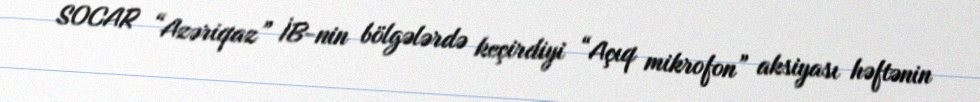
SOCAR “Azəriqaz” İB-nin bölgələrdə keçirdiyi “Açıq mikrofon” aksiyası həftənin